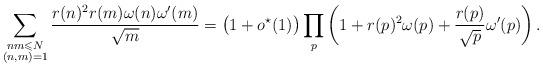
LaTeX: \begin{align*}\sum_{\substack{nm\leqslant N\\ (n,m)=1}}\frac{r(n)^2r(m)\omega(n)\omega'(m)}{\sqrt{m}}=\big(1+o^{\star}(1)\big)\prod_p\left(1+r(p)^2\omega(p)+\frac{r(p)}{\sqrt{p}}\omega'(p)\right).\end{align*}